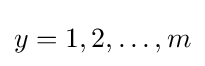
y=1,2,\dots ,m